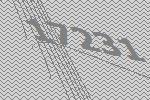
17231